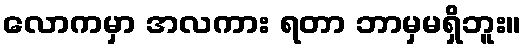
လောကမှာ အလကား ရတာ ဘာမှမရှိဘူး။